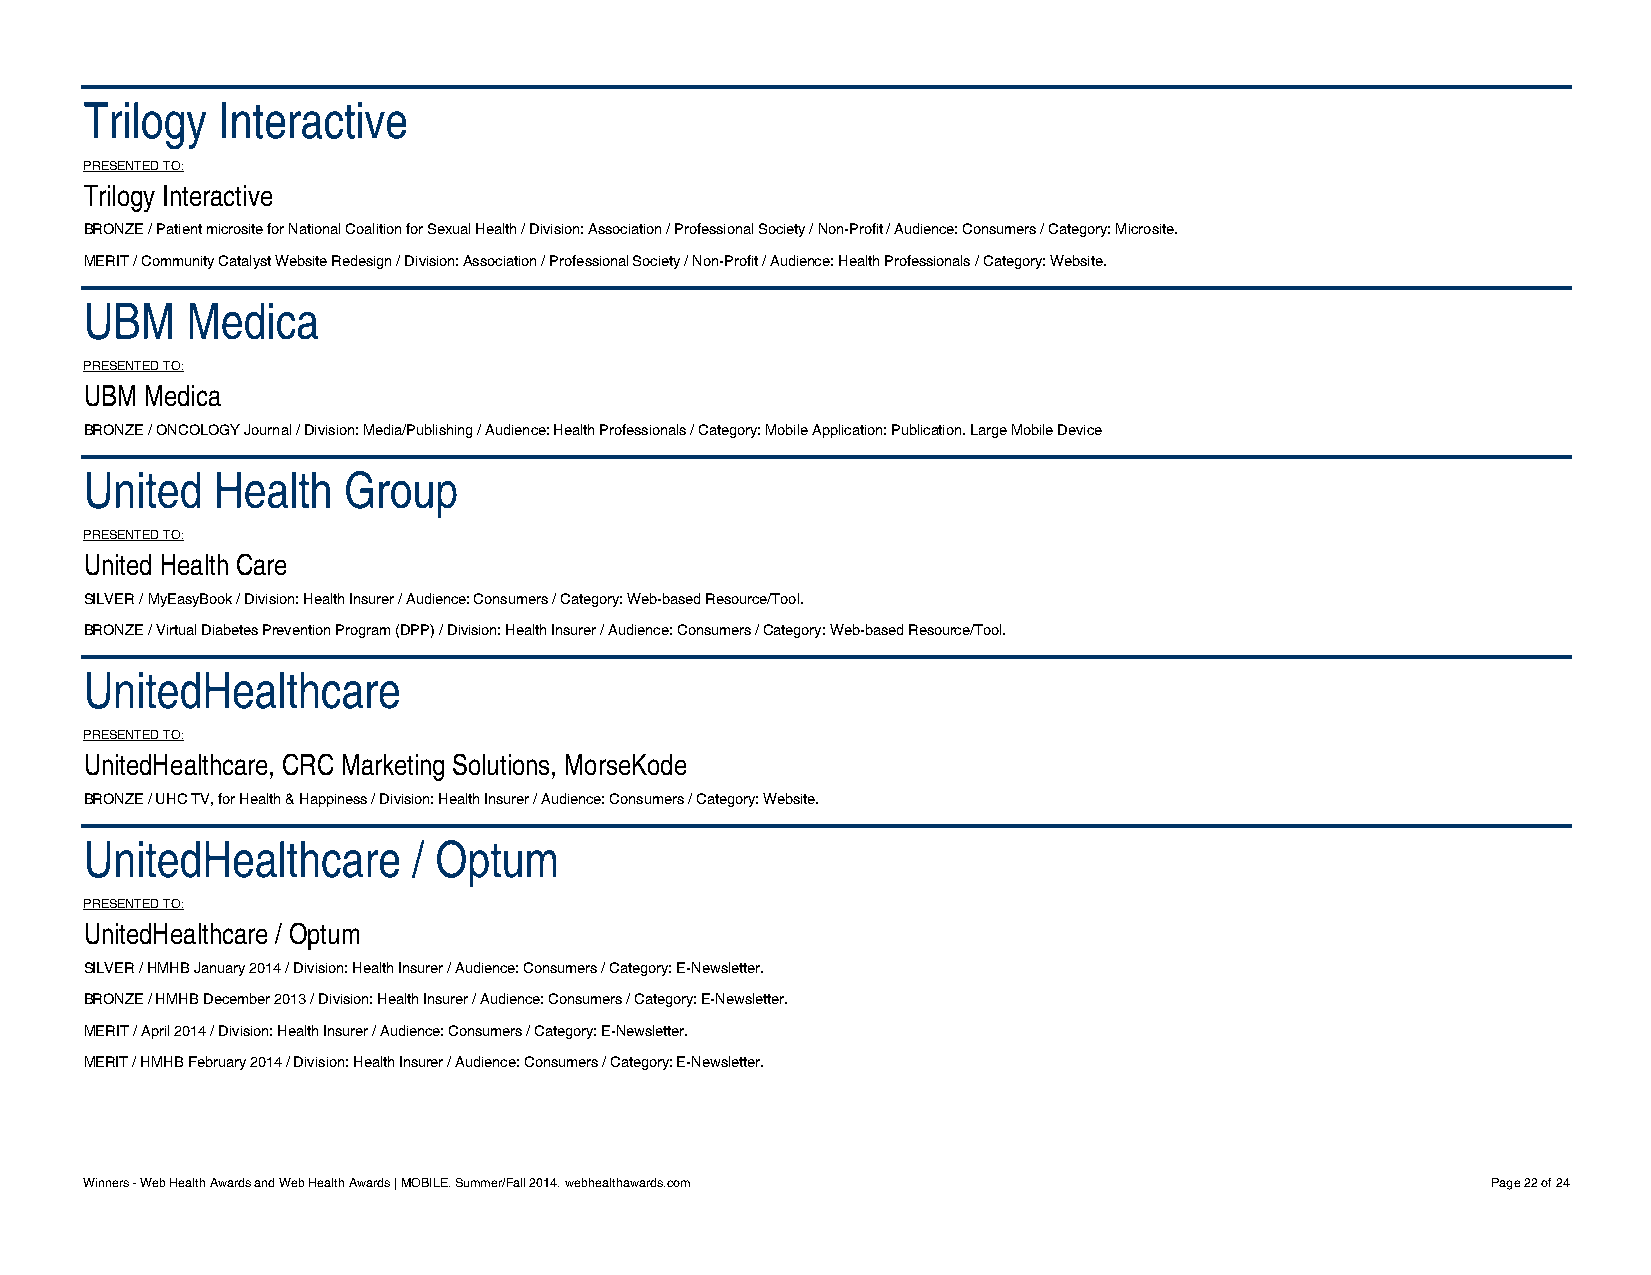
Trilogy Interactive
 PRESENTED TO:
 Trilogy Interactive
 BRONZE / Patient microsite for National Coalition for Sexual Health / Division: Association / Professional Society / Non-Profit / Audience: Consumers / Category: Microsite.
 MERIT / Community Catalyst Website Redesign / Division: Association / Professional Society / Non-Profit / Audience: Health Professionals / Category: Website.
 UBM   Medica
 PRESENTED TO:
 UBM Medica
 BRONZE / ONCOLOGY Journal / Division: Media/Publishing / Audience: Health Professionals / Category: Mobile Application: Publication. Large Mobile Device
 United  Health   Group
 PRESENTED TO:
 United Health Care
 SILVER / MyEasyBook / Division: Health Insurer / Audience: Consumers / Category: Web-based Resource/Tool.
 BRONZE / Virtual Diabetes Prevention Program (DPP) / Division: Health Insurer / Audience: Consumers / Category: Web-based Resource/Tool.
 UnitedHealthcare
 PRESENTED TO:
 UnitedHealthcare, CRC Marketing Solutions, MorseKode
 BRONZE / UHC TV, for Health & Happiness / Division: Health Insurer / Audience: Consumers / Category: Website.
 UnitedHealthcare     / Optum
 PRESENTED TO:
 UnitedHealthcare / Optum
 SILVER / HMHB January 2014 / Division: Health Insurer / Audience: Consumers / Category: E-Newsletter.
 BRONZE / HMHB December 2013 / Division: Health Insurer / Audience: Consumers / Category: E-Newsletter.
 MERIT / April 2014 / Division: Health Insurer / Audience: Consumers / Category: E-Newsletter.
 MERIT / HMHB February 2014 / Division: Health Insurer / Audience: Consumers / Category: E-Newsletter.
 Winners - Web Health Awards and Web Health Awards | MOBILE. Summer/Fall 2014. webhealthawards.com Page 22 of 24